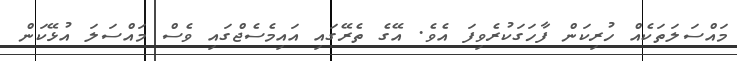
މައްސަލަތަކެއް ހުރިކަން ފާހަގަކުރެވިފަ އެވެ. އޭގެ ތެރޭގައި އައިމެސެޖްގައި ވެސް މައްސަލަ އުޅޭކަން